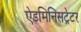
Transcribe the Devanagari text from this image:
ऐडमिनिसट्रेटर